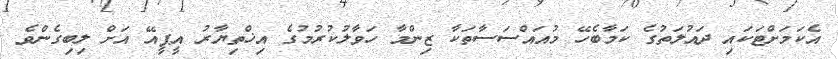
އެކަމަށްޓަކައި ދައުލަތުގެ ކަމާބެހޭ މުއައްސަސާތަކާ ޒިންމާ ހަވާލުކުރުމުގެ އިޚްތިޔާރު އީޕީއޭ އަށް ލިބިގެންވެ